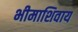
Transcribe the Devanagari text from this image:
भीमाशिवाय